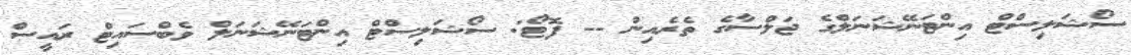
ސޯޝަލިސްޓް އިންޓަނޭޝަނަލްގެ ޖަލްސާގެ ތެރެއިން -- ފޮޓޯ: ސޯޝަލިސްޓް އިންޓަނޭޝަނަލް ވެބްސައިޓް ރައީސް